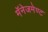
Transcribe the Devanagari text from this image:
मॅनेजमेण्ट